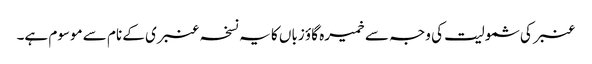
عنبر کی شمولیت کی وجہ سے خمیرہ گاؤ زباں کا یہ نسخہ عنبری کے نام سے موسوم ہے۔